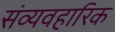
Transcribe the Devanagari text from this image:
संव्यवहारिक